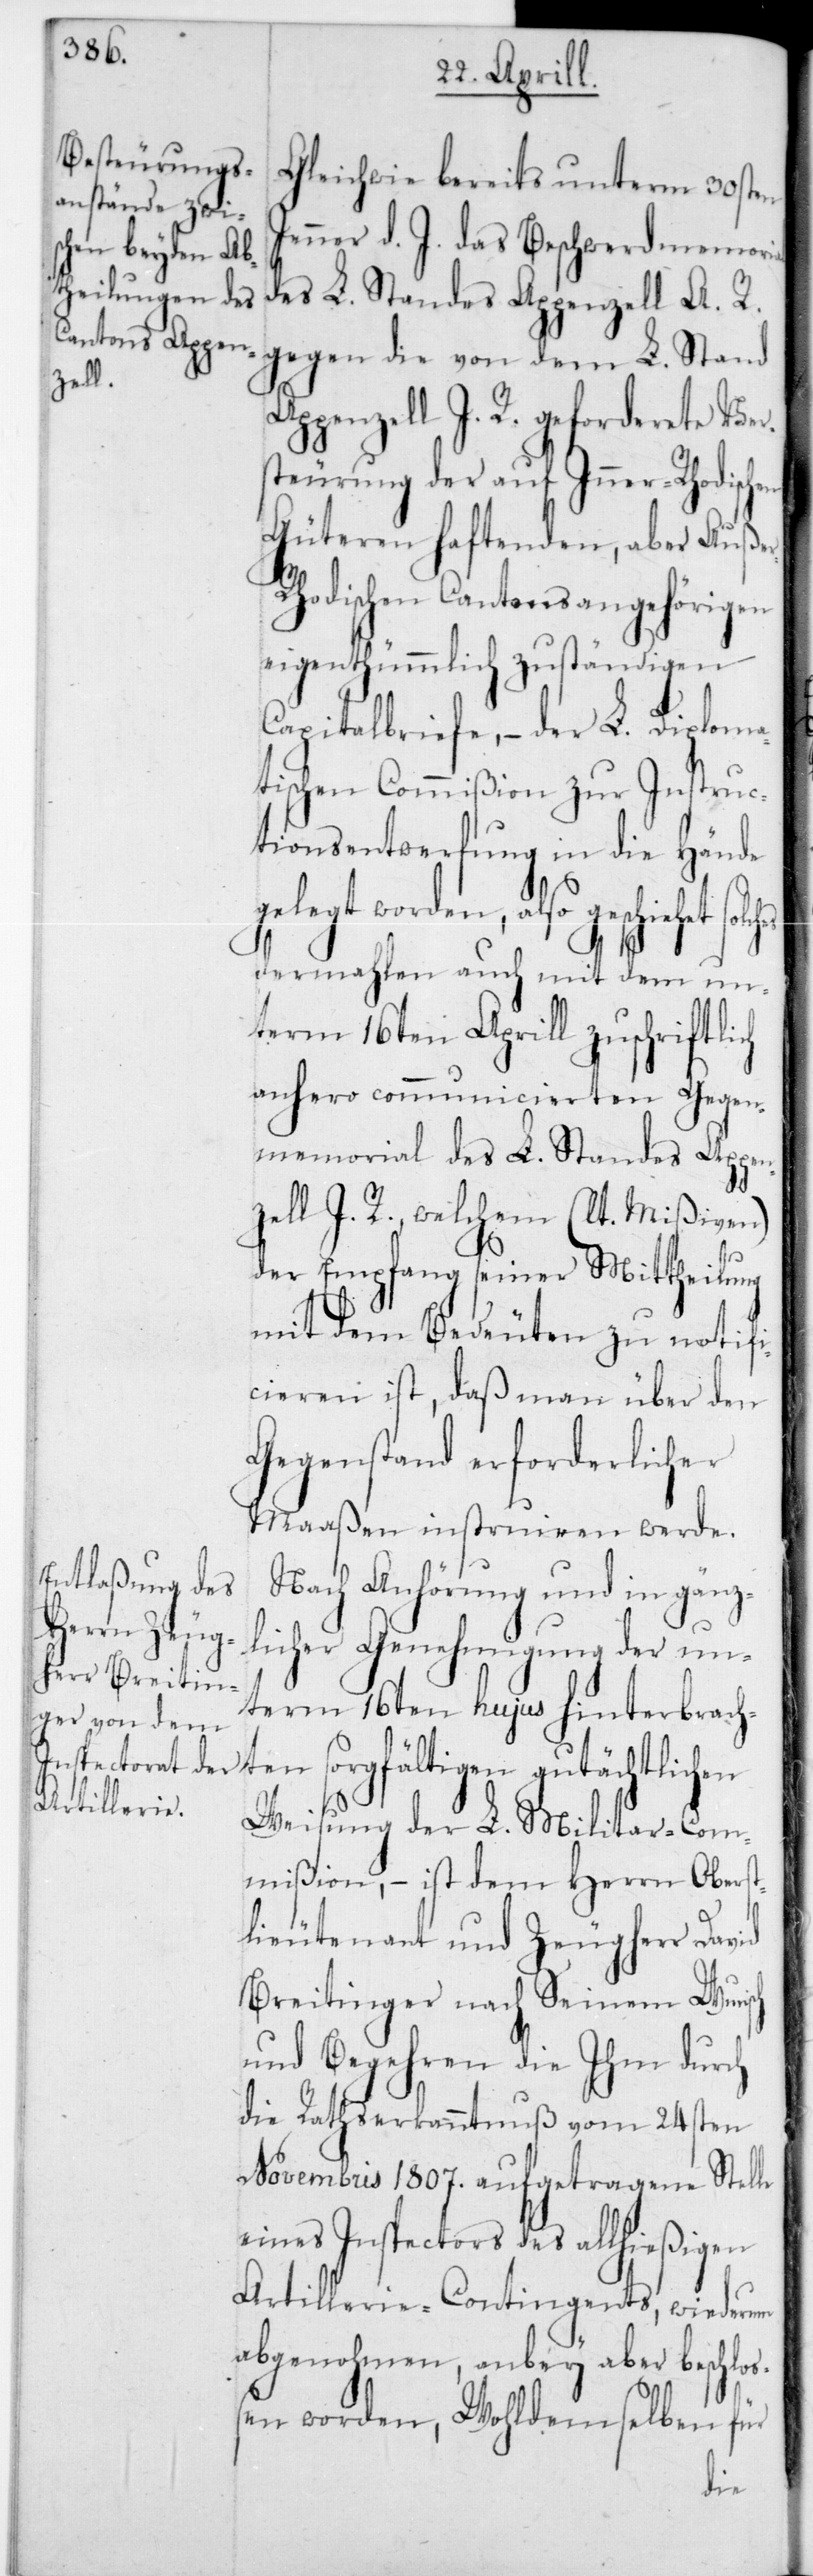
al

Gleichwie bereits unterm 30sten
Jenner d. J. das Beschwerdmemori¬
des L. Standes Appenzell A. R.
gegen die von dem L. Stand
Appenzell I. R. geforderete Be¬
steurung der auf Inner-Rhodischen
Güteren haftenden, aber Auße¬
r-Rhodischen Cantonsangehörigen
eigenthümmlich zuständigen
Capitalbriefe, – der L. diploma¬
tischen Commißion zur Instruc¬
tionsentwerfung in die Hände
iehet solches
dermahlen auch mit dem un¬
term 16ten Aprill zuschriftlich
anhero communicierten Gegen¬
memorial des L. Standes Appen¬
zell I. R., welchem (lt. Mißiven)
der Empfang seiner Mittheilung
mit dem Bedeuten zu notifi¬
cieren ist, daß man über den
Gegenstand erforderlicher
Maaßen instruieren werde.
Nach Anhörung und in gänz¬
licher Genehmigung der un¬
term 16ten hujus hinterbrach¬
ten sorgfältigen gutächtlichen
Weisung der L. Militar-Com¬
mißion, – ist dem Herrn Oberst¬
lieutenant und Zeugherr David
Breitinger nach Seinem Wunsch
und Begehren die Ihm durch
die Rathserkanntnuß vom 24sten
Novembris 1807 aufgetragene Stelle
eines Inspectors des allhießigen
Artillerie-Contingents, wiederum
abgenohmen, anbey aber beschloß¬
en worden, Wohldemselben für